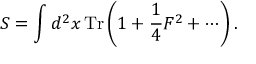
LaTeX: S = \int d ^ { 2 } x \, \mathrm { T r } \left( 1 + \frac { 1 } { 4 } F ^ { 2 } + \cdots \right) .